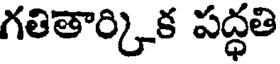
గతితార్కిక పద్ధతి